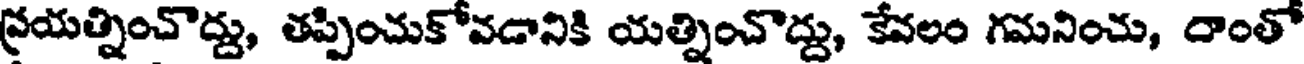
ప్రయత్నించొద్దు, తప్పించుకోవడానికి యత్నించొద్దు, కేవలం గమనించు, దాంతో